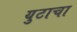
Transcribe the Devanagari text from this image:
युटाचा